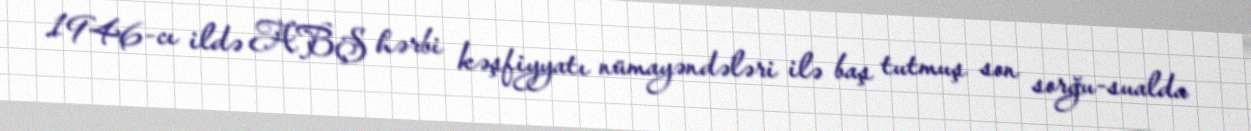
1946-cı ildə ABŞ hərbi kəşfiyyatı nümayəndələri ilə baş tutmuş son sorğu-sualda